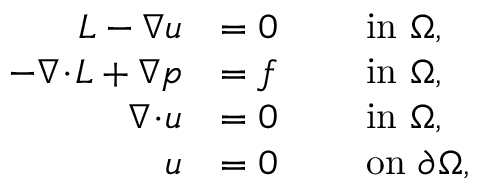
\begin{array} { r l r l } { \ensuremath { L } - \nabla u } & { = 0 } & & { \mathrm { ~ i n ~ } \Omega , } \\ { - \nabla \! \cdot \! \ensuremath { L } + \nabla p } & { = f } & & { \mathrm { ~ i n ~ } \Omega , } \\ { \nabla \! \cdot \! u } & { = 0 } & & { \mathrm { ~ i n ~ } \Omega , } \\ { u } & { = 0 } & & { \mathrm { ~ o n ~ } \partial \Omega , } \end{array}